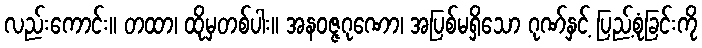
လည်းကောင်း။ တထာ၊ ထိုမှတစ်ပါး။ အနဝဇ္ဇဂုဏော၊ အပြစ်မရှိသော ဂုဏ်နှင့် ပြည့်စုံခြင်းကို